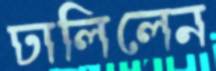
ঢালিলেন